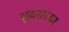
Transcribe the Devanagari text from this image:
मुद्राशास्त्रज्ञ